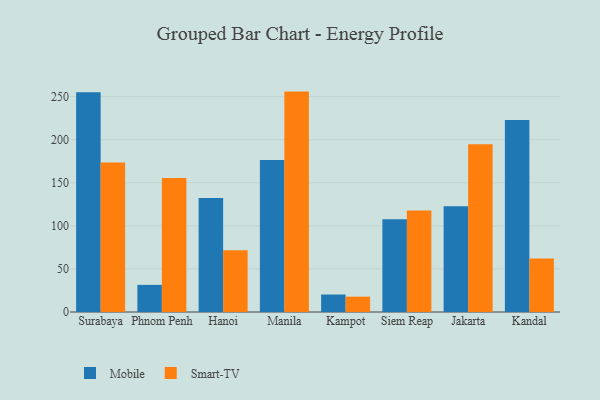
{"axis": {"x": "City", "y": "Headcount"}, "legend": ["Mobile", "Smart-TV"], "data": [{"x": "Surabaya", "y": 255.1, "type": "Mobile"}, {"x": "Surabaya", "y": 173.5, "type": "Smart-TV"}, {"x": "Phnom Penh", "y": 31.5, "type": "Mobile"}, {"x": "Phnom Penh", "y": 155.4, "type": "Smart-TV"}, {"x": "Hanoi", "y": 132.3, "type": "Mobile"}, {"x": "Hanoi", "y": 71.8, "type": "Smart-TV"}, {"x": "Manila", "y": 176.3, "type": "Mobile"}, {"x": "Manila", "y": 255.8, "type": "Smart-TV"}, {"x": "Kampot", "y": 20.3, "type": "Mobile"}, {"x": "Kampot", "y": 17.8, "type": "Smart-TV"}, {"x": "Siem Reap", "y": 107.7, "type": "Mobile"}, {"x": "Siem Reap", "y": 117.9, "type": "Smart-TV"}, {"x": "Jakarta", "y": 122.6, "type": "Mobile"}, {"x": "Jakarta", "y": 194.6, "type": "Smart-TV"}, {"x": "Kandal", "y": 222.7, "type": "Mobile"}, {"x": "Kandal", "y": 62.1, "type": "Smart-TV"}]}